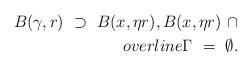
LaTeX: \begin{align*}B(\gamma,r) \ \supset \ B(x,\eta r), B(x,\eta r) \ \cap \\overline{\Gamma} \ = \ \emptyset.\end{align*}